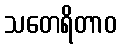
သတေရိတာဝ